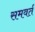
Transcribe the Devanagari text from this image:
समवर्त